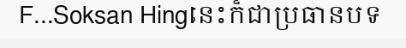
F...Soksan Hingនេះក៏ជាប្រធានបទ